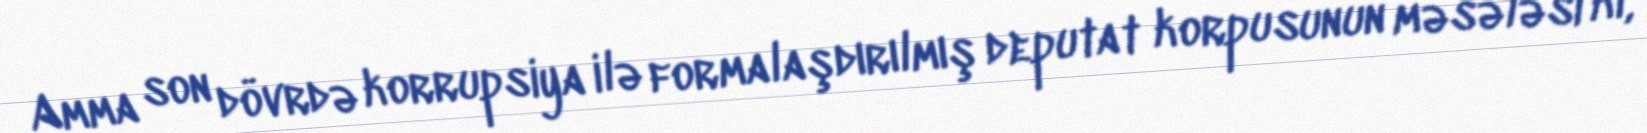
Amma son dövrdə korrupsiya ilə formalaşdırılmış deputat korpusunun məsələsi ki,